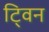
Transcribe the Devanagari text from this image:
टि्वन